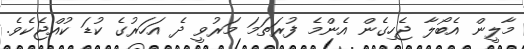
މާލީން އެބޯލާ ޖެހިގެން އެންމެ ފުރަތަމަ މަރުވީ ދެ އަހަރުގެ ކުޑަ ކުއްޖެކެވެ.